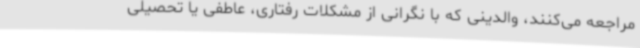
مراجعه می‌کنند، والدینی که با نگرانی از مشکلات رفتاری، عاطفی یا تحصیلی